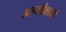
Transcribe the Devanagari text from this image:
आमोक्षादी